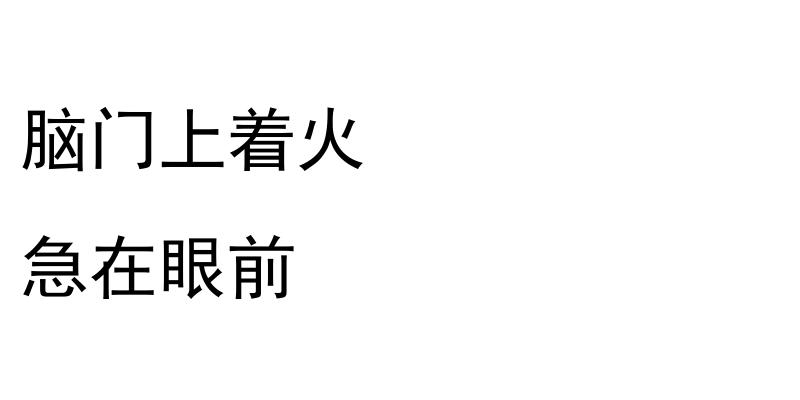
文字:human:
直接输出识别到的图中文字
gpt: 脑门上着火 急在眼前